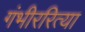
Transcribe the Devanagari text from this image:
गंभीररित्या